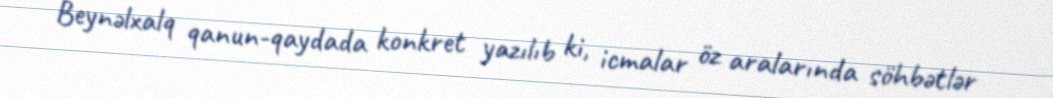
Beynəlxalq qanun-qaydada konkret yazılıb ki, icmalar öz aralarında söhbətlər